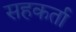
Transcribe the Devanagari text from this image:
सहकर्ता